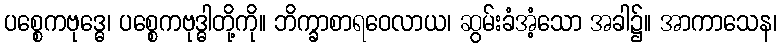
ပစ္စေကဗုဒ္ဓေ၊ ပစ္စေကဗုဒ္ဓါတို့ကို။ ဘိက္ခာစာရဝေလာယ၊ ဆွမ်းခံအံ့သော အခါ၌။ အာကာသေန၊